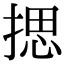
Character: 揌